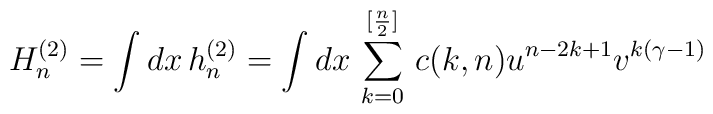
H_{n}^{(2)} = \int dx\,h_{n}^{(2)} = \int dx\,\sum_{k=0}^{[{n\over2}]}\,c(k,n) u^{n-2k+1} v^{k(\gamma -1)}